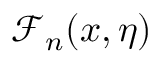
\mathcal { F } _ { n } ( x , \eta )